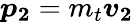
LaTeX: {\boldsymbol{p}}_{\boldsymbol{2}}=m_{t}{\boldsymbol{v}}_{\boldsymbol{2}}